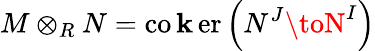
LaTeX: M\otimes_{R}N=\operatorname{co\mathbf{k}er}\left(N^{J}\toN^{I}\right)